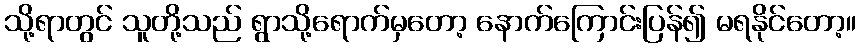
သို့ရာတွင် သူတို့သည် ရွာသို့ရောက်မှတော့ နောက်ကြောင်းပြန်၍ မရနိုင်တော့။